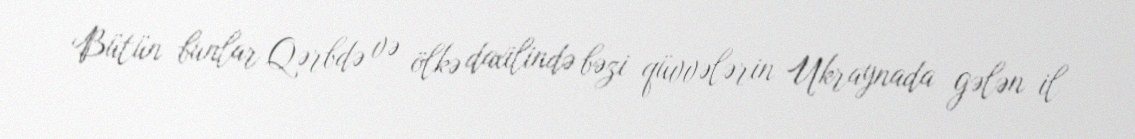
Bütün bunlar Qərbdə və ölkə daxilində bəzi qüvvələrin Ukraynada gələn il